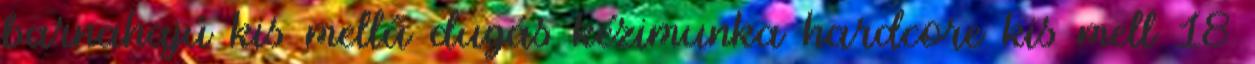
barnahajú kis mellű dugás kézimunka hardcore kis mell 18